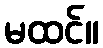
မထင်။